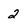
Character: 2